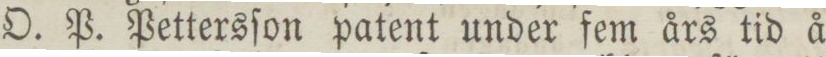
O. P. Pettersſon patent under fem års tid å